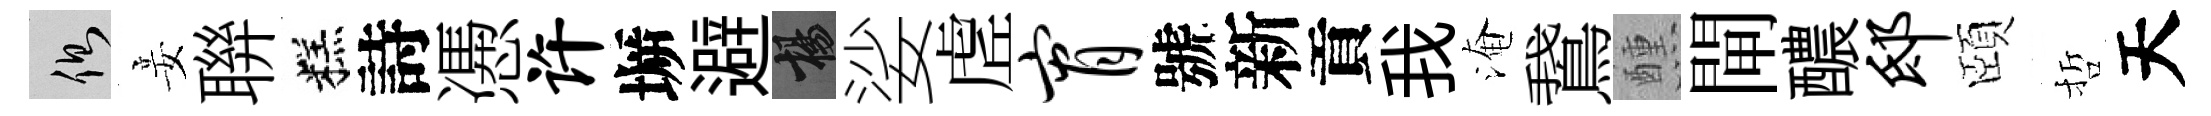
側妾聨糕詩慿许󶱲避楊娑虗宵號新貢我淹鵞醺閘醲邸頤哲天